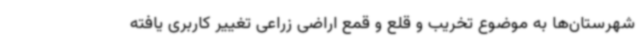
شهرستان‌ها به موضوع تخریب و قلع و قمع اراضی زراعی تغییر کاربری یافته